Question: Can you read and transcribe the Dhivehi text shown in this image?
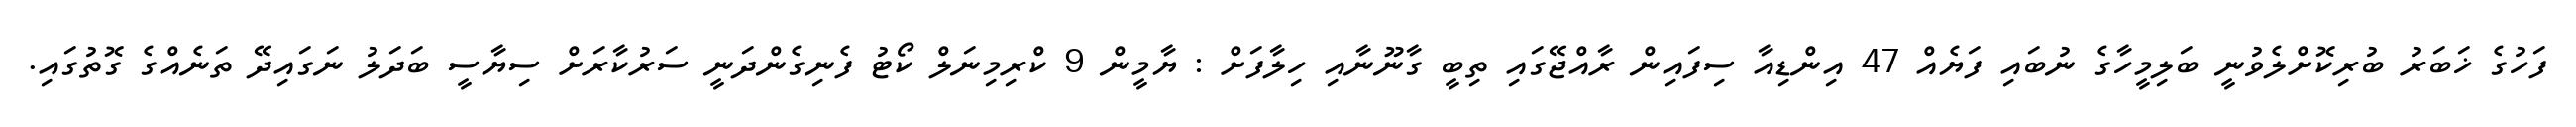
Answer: ފަހުގެ ޚަބަރު ބުރިކޮށްލެވުނީ ބަލިމީހާގެ ނުބައި ފަޔެއް 47 އިންޑިއާ ސިފައިން ރާއްޖޭގައި ތިބީ ގާނޫނާއި ހިލާފަށް : ޔާމީން 9 ކްރިމިނަލް ކޯޓު ފެނިގެންދަނީ ސަރުކާރަށް ސިޔާސީ ބަދަލު ނަގައިދޭ ތަނެއްގެ ގޮތުގައި.